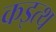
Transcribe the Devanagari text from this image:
कइत्थ